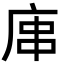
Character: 𢈢